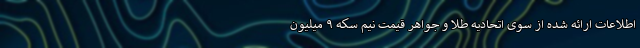
اطلاعات ارائه شده از سوی اتحادیه طلا و جواهر قیمت نیم سکه ۹ میلیون